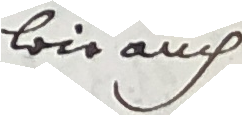
wie auch